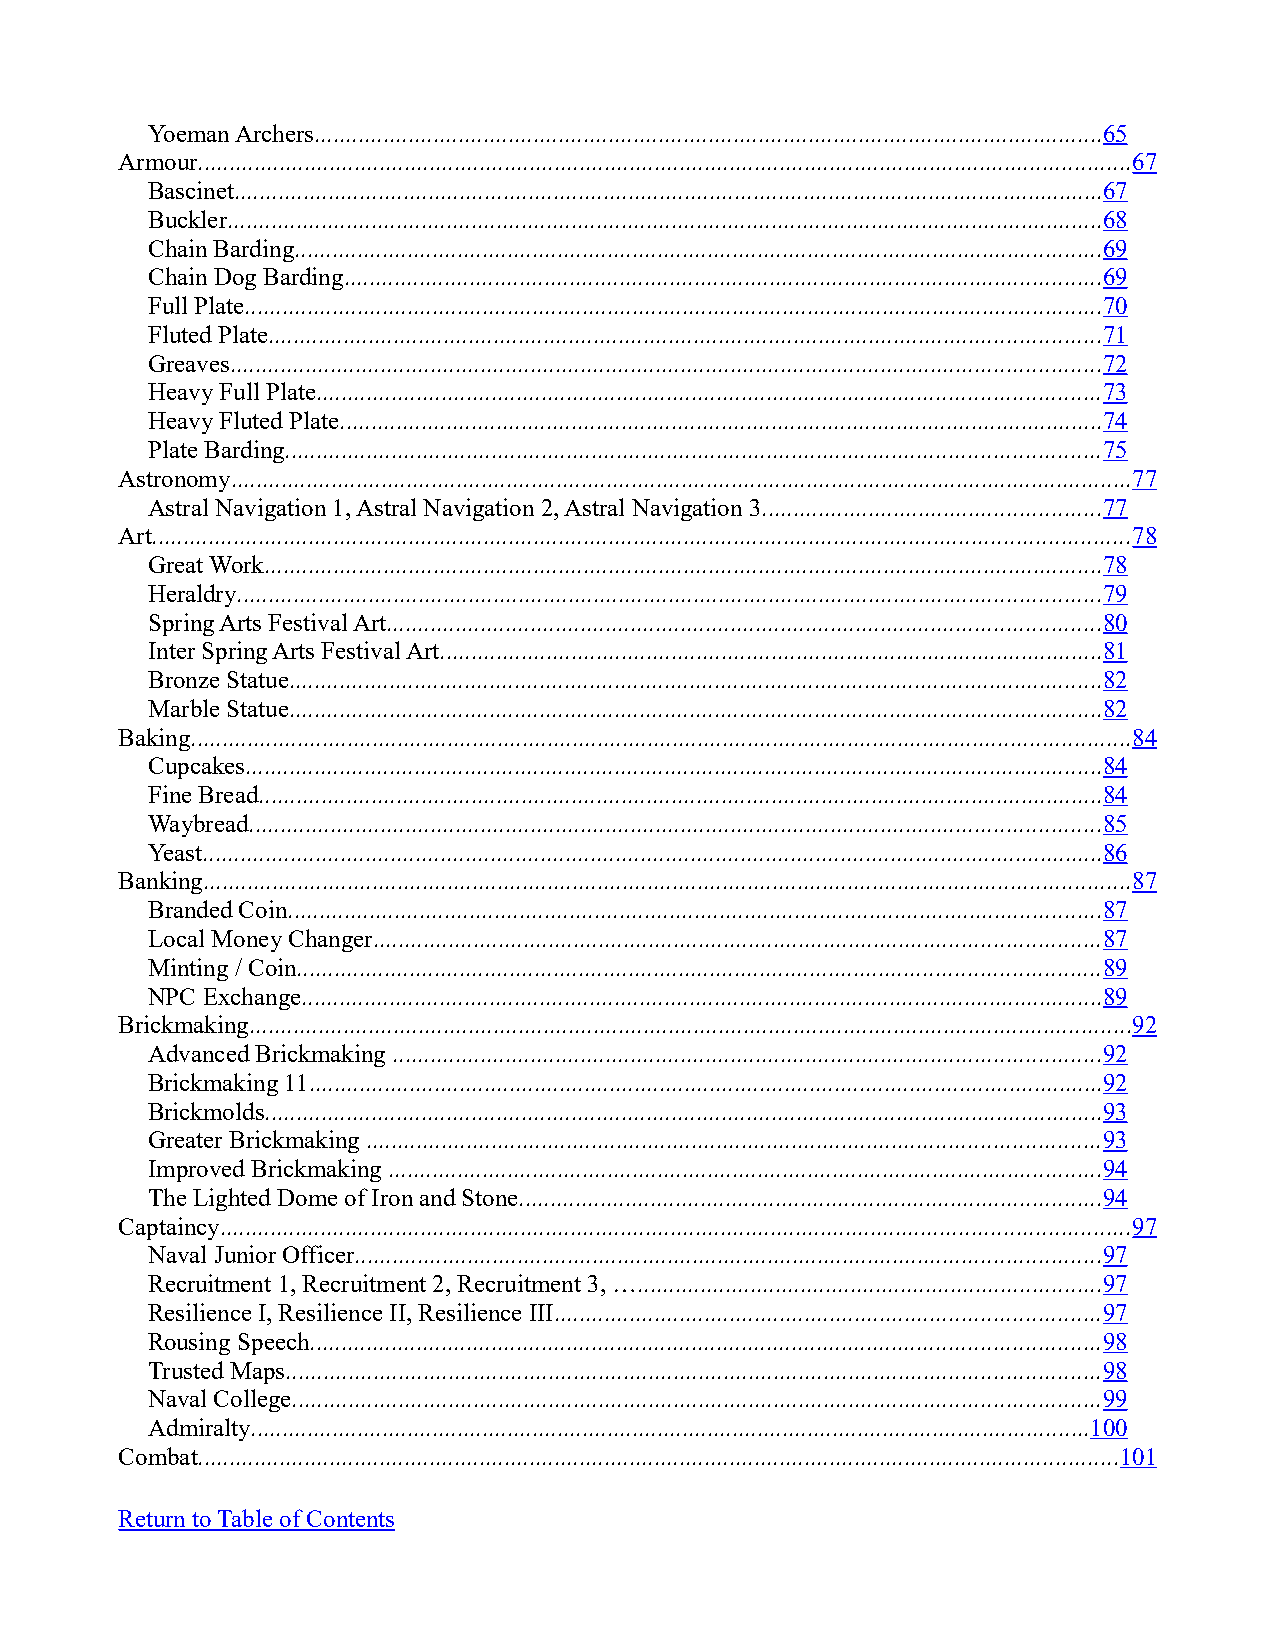
Yoeman Archers..............................................................................................................................65
 Armour.....................................................................................................................................................67
 Bascinet...........................................................................................................................................67
 Buckler............................................................................................................................................68
 Chain Barding.................................................................................................................................69
 Chain Dog Barding.........................................................................................................................69
 Full Plate.........................................................................................................................................70
 Fluted Plate.....................................................................................................................................71
 Greaves...........................................................................................................................................72
 Heavy Full Plate.............................................................................................................................73
 Heavy Fluted Plate..........................................................................................................................74
 Plate Barding..................................................................................................................................75
 Astronomy................................................................................................................................................77
 Astral Navigation 1, Astral Navigation 2, Astral Navigation 3......................................................77
 Art............................................................................................................................................................78
 Great Work......................................................................................................................................78
 Heraldry..........................................................................................................................................79
 Spring Arts Festival Art..................................................................................................................80
 Inter Spring Arts Festival Art..........................................................................................................81
 Bronze Statue..................................................................................................................................82
 Marble Statue..................................................................................................................................82
 Baking......................................................................................................................................................84
 Cupcakes.........................................................................................................................................84
 Fine Bread.......................................................................................................................................84
 Waybread........................................................................................................................................85
 Yeast................................................................................................................................................86
 Banking....................................................................................................................................................87
 Branded Coin..................................................................................................................................87
 Local Money Changer....................................................................................................................87
 Minting / Coin................................................................................................................................89
 NPC Exchange................................................................................................................................89
 Brickmaking.............................................................................................................................................92
 Advanced Brickmaking .................................................................................................................92
 Brickmaking 11...............................................................................................................................92
 Brickmolds......................................................................................................................................93
 Greater Brickmaking .....................................................................................................................93
 Improved Brickmaking ..................................................................................................................94
 The Lighted Dome of Iron and Stone.............................................................................................94
 Captaincy.................................................................................................................................................97
 Naval Junior Officer.......................................................................................................................97
 Recruitment 1, Recruitment 2, Recruitment 3, …..........................................................................97
 Resilience I, Resilience II, Resilience III.......................................................................................97
 Rousing Speech..............................................................................................................................98
 Trusted Maps..................................................................................................................................98
 Naval College.................................................................................................................................99
 Admiralty......................................................................................................................................100
 Combat...................................................................................................................................................101
 Return to Table of Contents